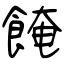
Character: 餣